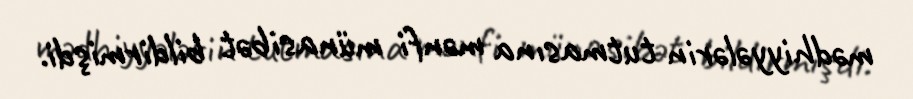
mədhiyyələrin tutmasına mənfi münasibət bildirmişdi.